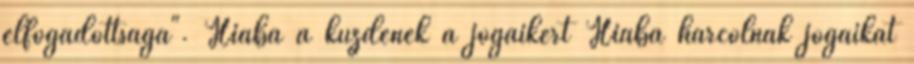
elfogadottsága". Hiába a küzdenek a jogaikért Hiába harcolnak jogaikat